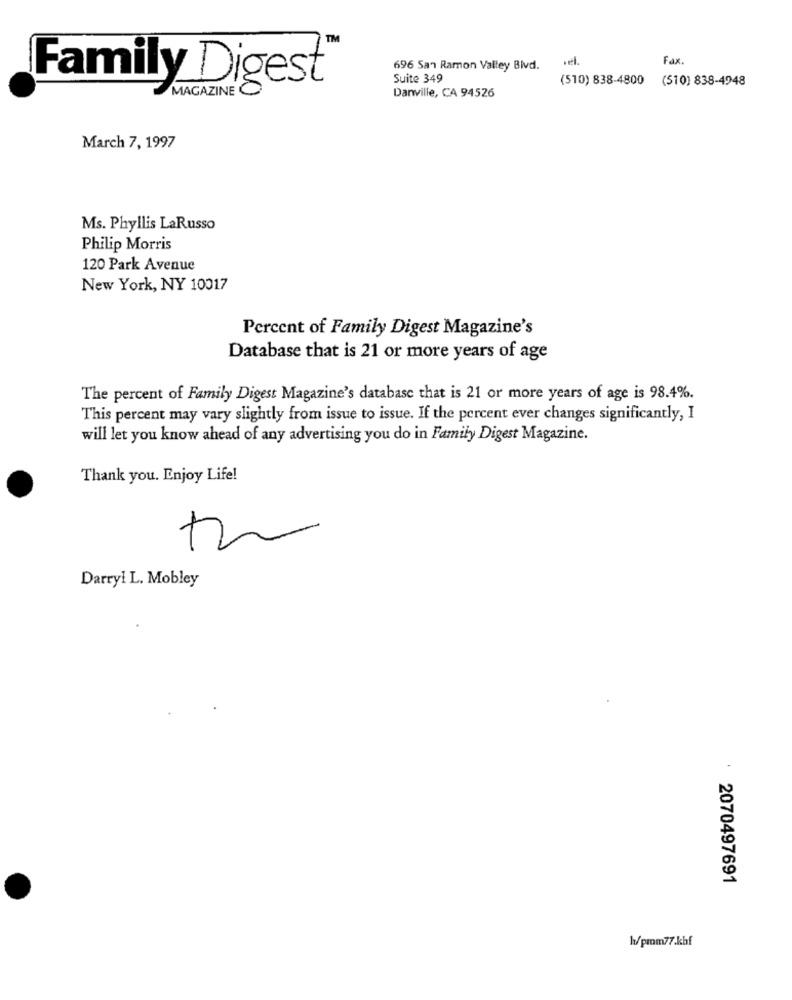
TM
Fax.
696 San Ramon Valley Blvd.
Suite 349
(510) 838-4800
(510) 838-4948
Family Digest
Danville, CA 94526
MAGAZINE
March 7, 1997
Ms. Phyllis LaRusso
Philip Morris
120 Park Avenue
New York, NY 10017
Percent of Family Digest Magazine's
Database that is 21 or more years of age
The percent of Family Digest Magazine's database that is 21 or more years of age is 98.4%.
This percent may vary slightly from issue to issue. If the percent ever changes significantly, I
will let you know ahead of any advertising you do in Family Digest Magazine.
Thank you. Enjoy Life!
Darryl L. Mobley
2070497691
h/prom77.khf